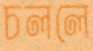
চললে